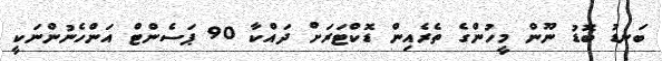
ބަނޑު ބޮޑު ނޫން މީހުންގެ ތެރެއިން ޑޮކްޓަރަށް ދައްކާ 90 ޕަސެންޓް އަންހެނުންނަކީ